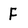
Character: F